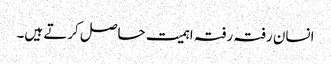
انسان رفتہ رفتہ اہمیت حاصل کرتے ہیں۔